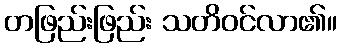
တဖြည်းဖြည်း သတိဝင်လာ၏။